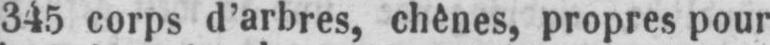
345 corps d’arbres, chênes, propres pour